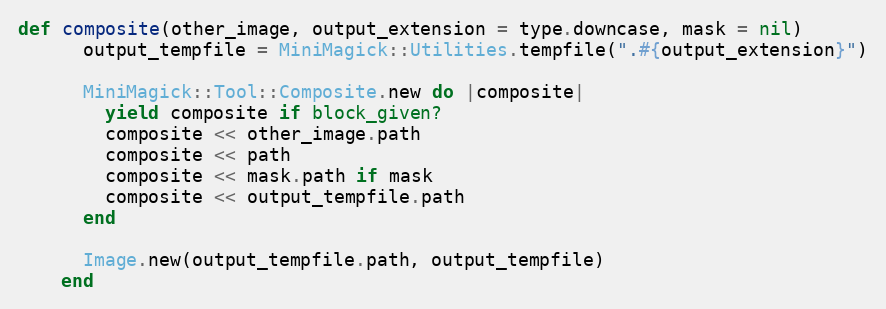
Language: Ruby
def composite(other_image, output_extension = type.downcase, mask = nil)
      output_tempfile = MiniMagick::Utilities.tempfile(".#{output_extension}")

      MiniMagick::Tool::Composite.new do |composite|
        yield composite if block_given?
        composite << other_image.path
        composite << path
        composite << mask.path if mask
        composite << output_tempfile.path
      end

      Image.new(output_tempfile.path, output_tempfile)
    end